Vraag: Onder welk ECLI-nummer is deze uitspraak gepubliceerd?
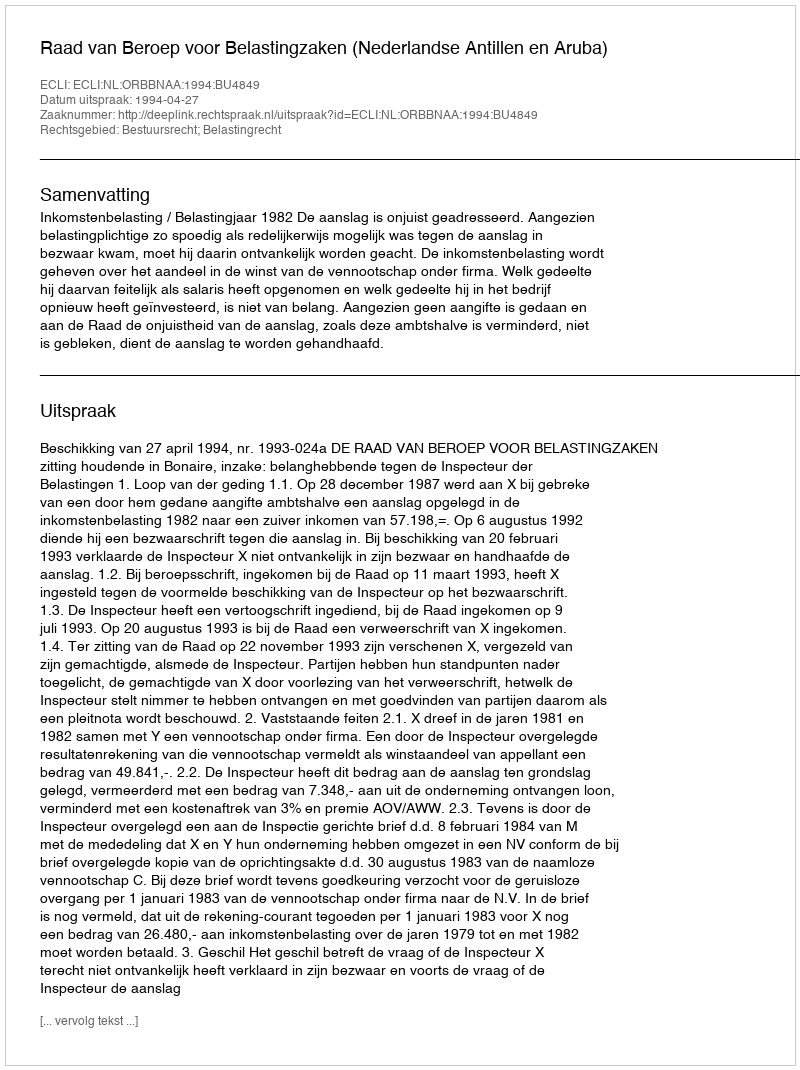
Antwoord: ECLI:NL:ORBBNAA:1994:BU4849